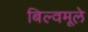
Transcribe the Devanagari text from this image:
बिल्वमूले